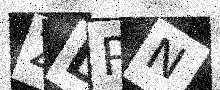
Text: ZDPN